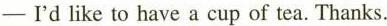
—I'd like to have a cup of tea. Thanks.